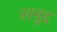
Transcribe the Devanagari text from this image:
समुद्द